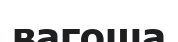
вагоша